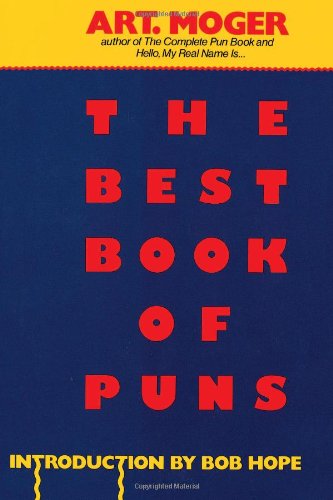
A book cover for The Best Book of Puns; Art Moger; Humor & Entertainment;